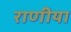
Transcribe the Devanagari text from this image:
राणीया